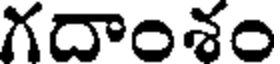
గదాంశం